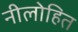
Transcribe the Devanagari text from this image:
नीलोहित